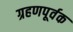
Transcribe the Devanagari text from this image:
ग्रहणपूर्वक